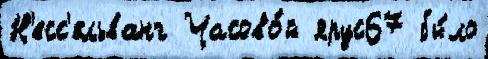
Н'есс'ельванг Часово́й ярус67 бы́ло